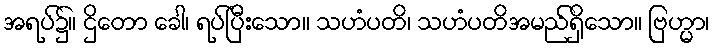
အရပ်၌။ ဌိတော ခေါ၊ ရပ်ပြီးသော။ သဟံပတိ၊ သဟံပတိအမည်ရှိသော။ ဗြဟ္မာ၊